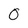
Character: 0